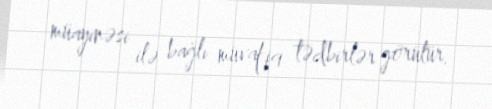
müayinəsi ilə bağlı müvafiq tədbirlər görülür.